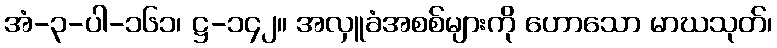
အံ-၃-ပါ-၁၆၁၊ ဋ္ဌ-၁၄၂။ အလှူခံအစစ်များကို ဟောသော မာဃသုတ်၊